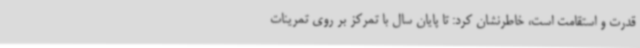
قدرت و استقامت است، خاطرنشان کرد: تا پایان سال با تمرکز بر روی تمرینات